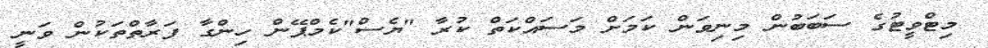
މިޓްވީޓުގެ ސަބަބުން މިނިވަން ކަމަށް މަސައްކަތް ކުރާ "ޔެސް"ކެމްޕޭން ހިންގާ ފަރާތްތަކުން ވަނީ